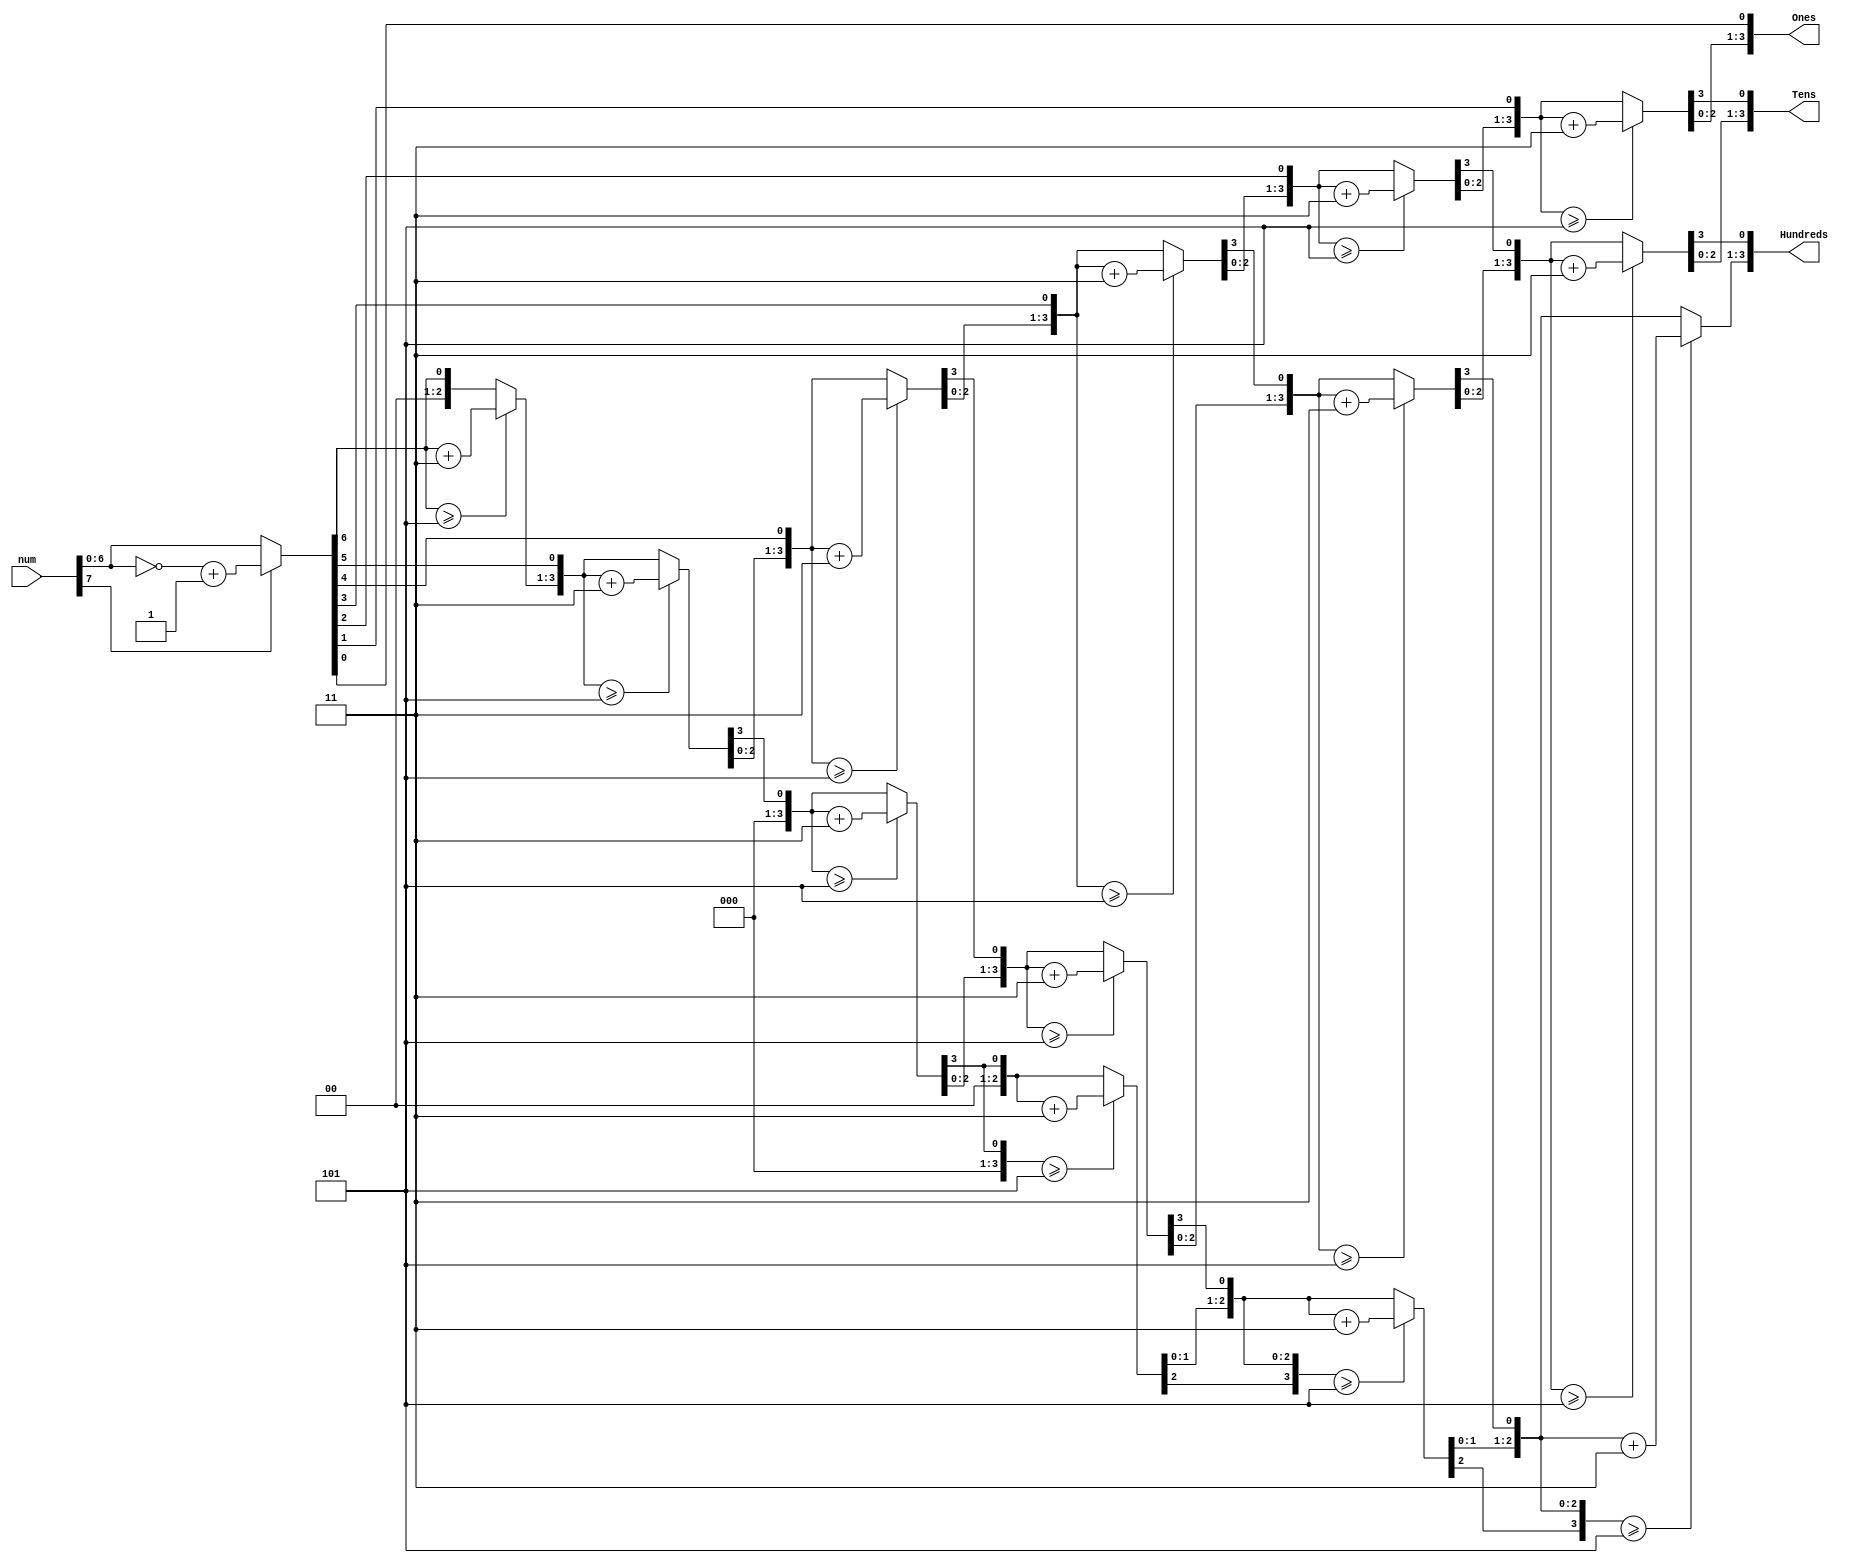
/*******************************************************************
*
* Module: BCD
* Project: RISC-V processor
* Description: made for the fpga implementation, takes in a 12 bit signed number and outputs its digits
*
* Change history: created in the lab
*
**********************************************************************/

module BCD(
input [12:0] num,

output reg [3:0] Hundreds,
output reg [3:0] Tens,
output reg [3:0] Ones
);
wire [7:0] unsigned_num = (num[7])? ~num + 1 : num;

 
integer i; 
always @(unsigned_num) 
begin 
//initialization 
 Hundreds = 4'd0; 
 Tens = 4'd0; 
 Ones = 4'd0; 
for (i = 6; i >= 0 ; i = i-1 ) 
begin 
if(Hundreds >= 5 ) 
 Hundreds = Hundreds + 3; 
if (Tens >= 5 ) 
 Tens = Tens + 3; 
 if (Ones >= 5) 
 Ones = Ones +3;
  
//shift left one 
 Hundreds = Hundreds << 1; 
 Hundreds [0] = Tens [3]; 
 Tens = Tens << 1; 
 Tens [0] = Ones[3]; 
 Ones = Ones << 1; 
 Ones[0] = unsigned_num[i]; 
end 
end 
endmodule